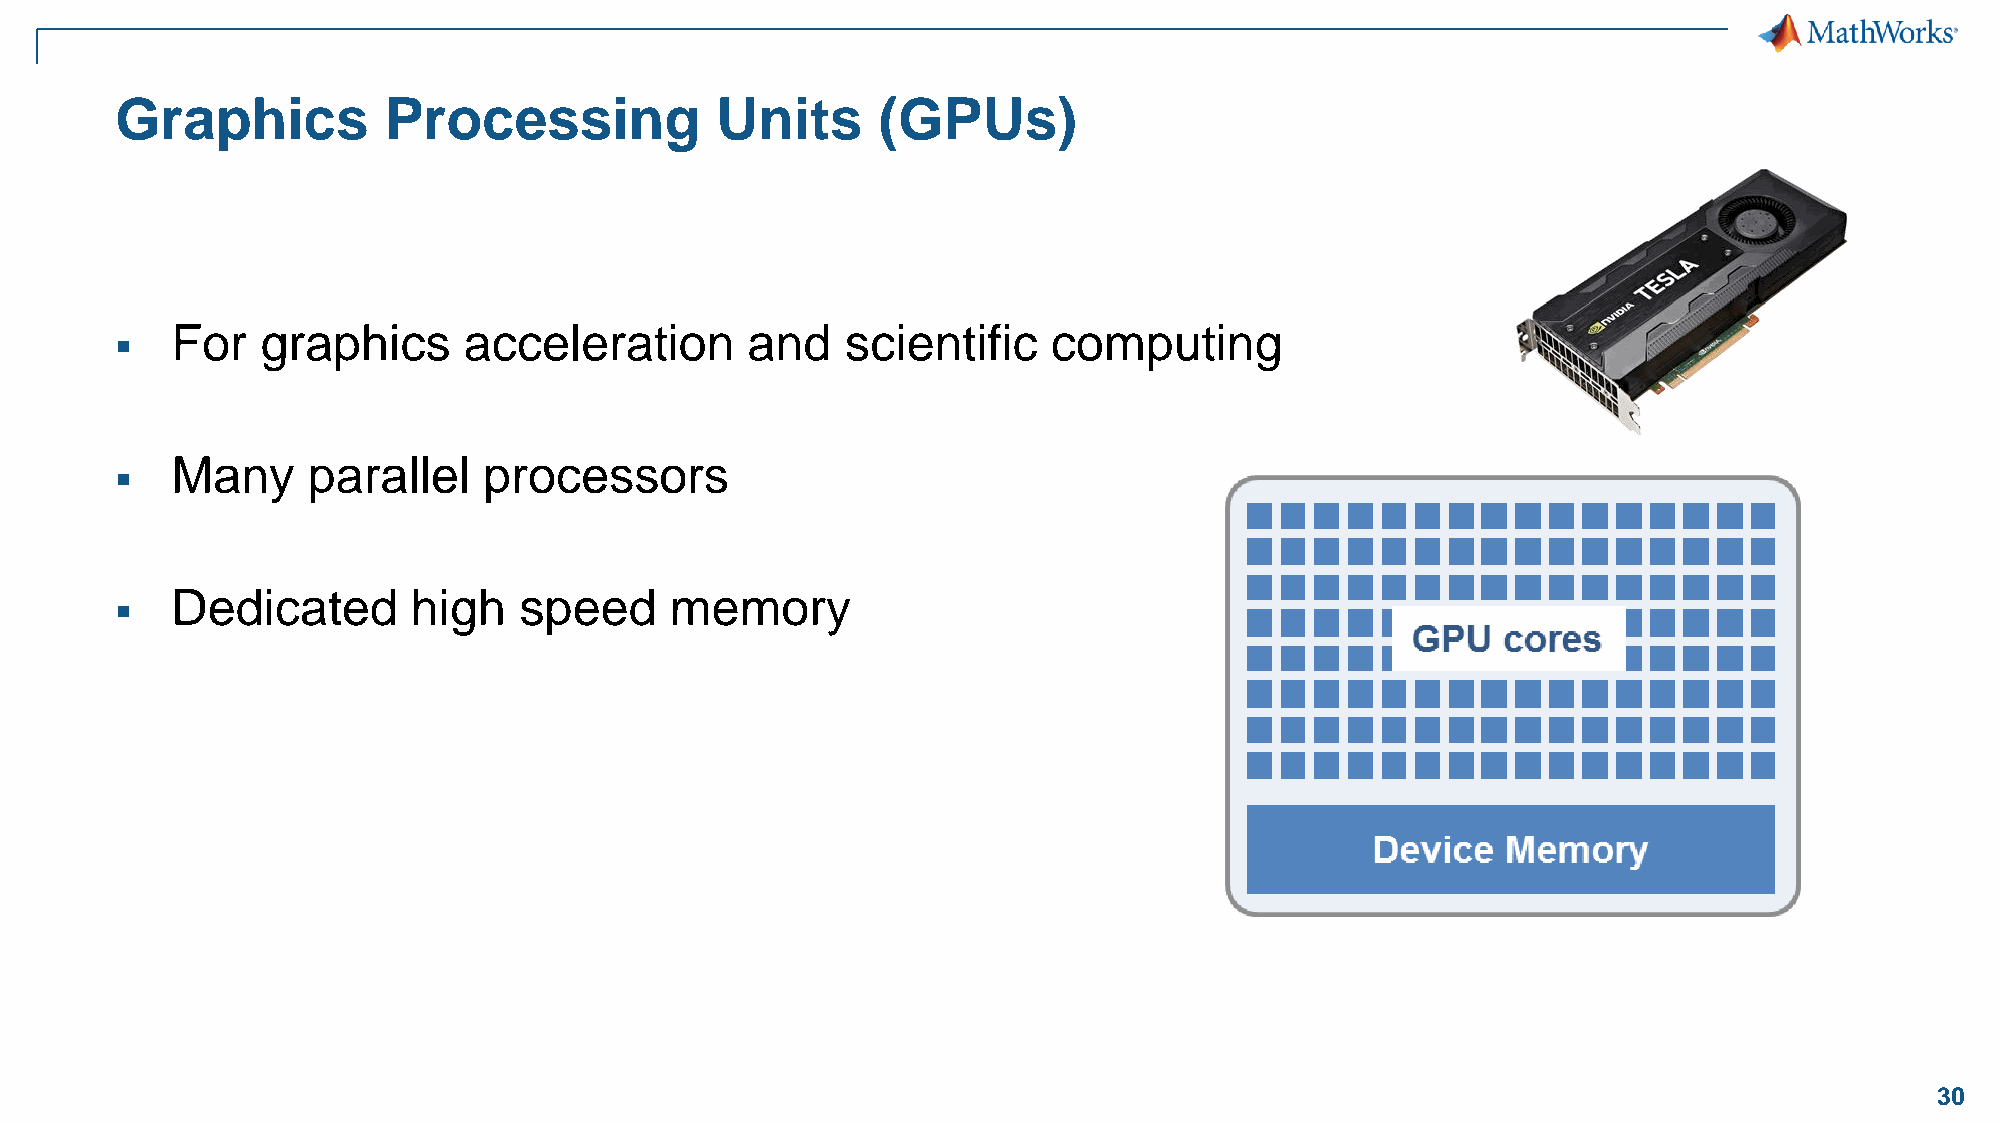
Graphics         Processing            Units      (GPUs)
 For   graphics      acceleration      and    scientific    computing
 ▪
 Many     parallel    processors
 ▪
 Dedicated       high   speed     memory
 ▪
 30